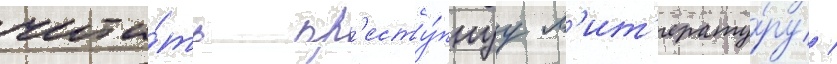
чита́ть пр'есту́пнуу л'ит'ерату́ру /